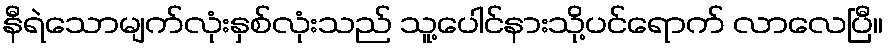
နီရဲသောမျက်လုံးနှစ်လုံးသည် သူ့ပေါင်နားသို့ပင်ရောက် လာလေပြီ။